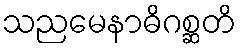
သညမေနာဓိဂစ္ဆတိ